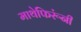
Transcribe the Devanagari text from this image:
माथेफिरूंनी